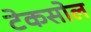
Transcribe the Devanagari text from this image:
टेकसोल